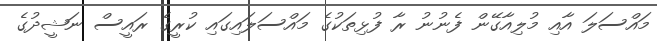
މައްސަލަ އާއި މުލިއާގޭން ފެނުނު ރާ ފުޅިތަކުގެ މައްސަލައިގައި ކުރީގެ ރައީސް ނަޝީދުގެ